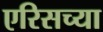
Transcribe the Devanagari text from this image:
एरिसच्या